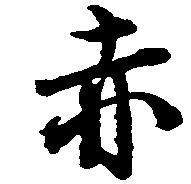
赤